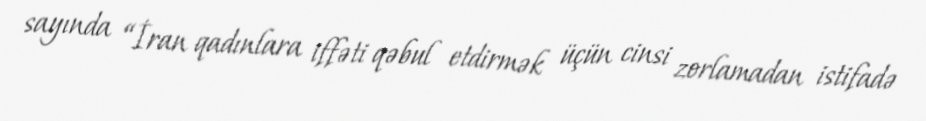
sayında “İran qadınlara iffəti qəbul etdirmək üçün cinsi zorlamadan istifadə